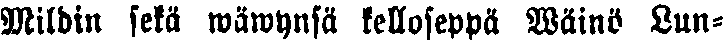
Mildin sekä wäwynsä kelloseppä Wäinö Lun-